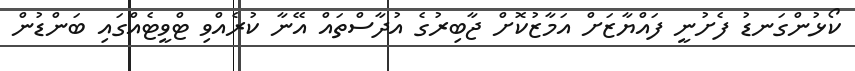
ކޯޅުންގަނޑު ފެށުނީ ފައްޔާޒަށް އަމާޒުކޮށް ޖާބިރުގެ އުދާސްތައް އޭނާ ކުރެއްވި ޓްވީޓެއްގައި ބަންޑުން